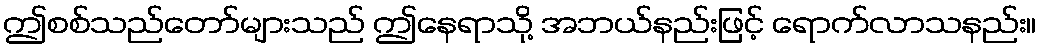
ဤစစ်သည်တော်များသည် ဤနေရာသို့ အဘယ်နည်းဖြင့် ရောက်လာသနည်း။